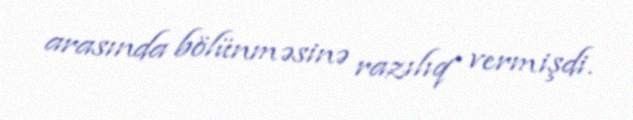
arasında bölünməsinə razılıq vermişdi.